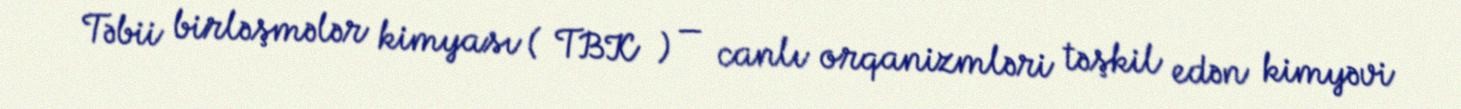
Təbii birləşmələr kimyası ( TBK ) — canlı orqanizmləri təşkil edən kimyəvi